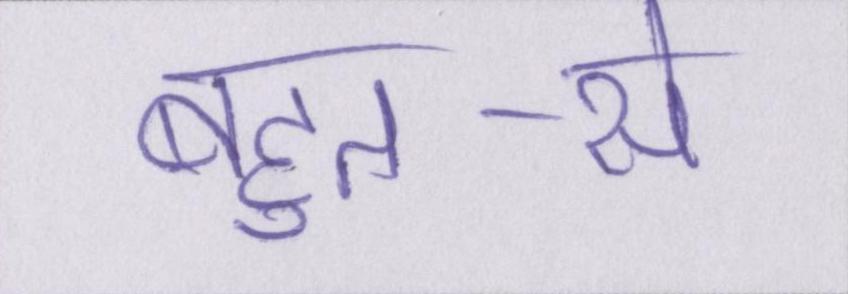
बहुत-से